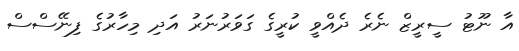
އާ ނޫޓު ސީރީޒް ނެރެ ދެއްވީ ކުރީގެ ގަވަރުނަރު އަދި މިހާރުގެ ފިނޭސްސް